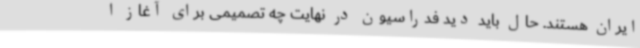
ایران هستند. حال باید دید فدراسیون در نهایت چه تصمیمی برای آغاز ا